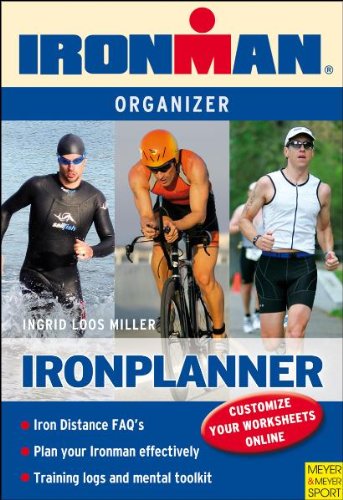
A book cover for Ironplanner: Iron-Distance Organizer for Triathletes (Ironman) (Ironman Edition); Ingrid Loos Miller; Health, Fitness & Dieting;